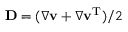
\mathbf { D } = ( \nabla \mathbf { v } + \nabla \mathbf { v } ^ { \mathrm { T } } ) / 2